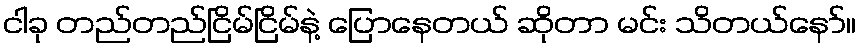
ငါခု တည်တည်ငြိမ်ငြိမ်နဲ့ ပြောနေတယ် ဆိုတာ မင်း သိတယ်နော်။